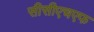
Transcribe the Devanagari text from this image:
सीसीएचएफ